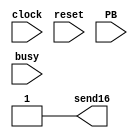
`timescale 1ns / 1ps
//////////////////////////////////////////////////////////////////////////////////
// Company: 
// Engineer: 
// 
// Design Name: 
// Module Name: TX_seq
// Project Name: 
// Target Devices: 
// Tool Versions: 
// Description: 
// 
// Dependencies: 
// 
// Revision:
// Revision 0.01 - File Created
// Additional Comments:
// 
//////////////////////////////////////////////////////////////////////////////////


module TX_seq(
input clock,
input reset,
input PB,
output reg send16,
input busy
    );
    
reg[1:0] next_state, state;

localparam IDLE = 2'd0;
localparam TX_RESULTADO = 2'd1;

always@(*) begin
next_state = state;
send16 = 1'b1;
case(state)
IDLE: begin
        if(PB & ~busy) begin
            next_state = TX_RESULTADO;
            end end
TX_RESULTADO: begin
                if(~busy) begin
                    next_state = IDLE;
                    end end
                    endcase
                    end
                    
always@(posedge clock) begin
    if(reset)
        state <= IDLE;
    else
        state <= next_state;
        end

endmodule